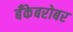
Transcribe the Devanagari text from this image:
बँकेबरोबर